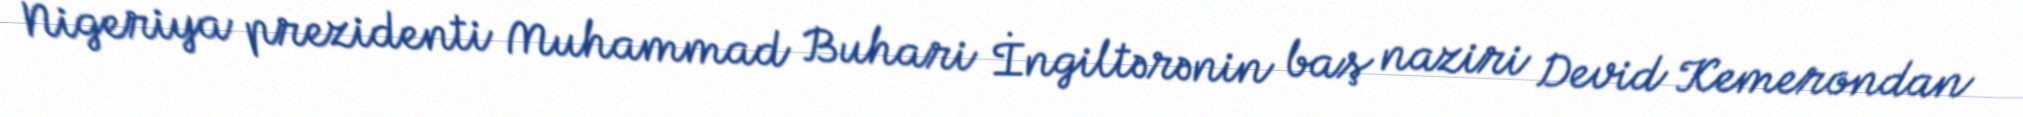
Nigeriya prezidenti Muhammad Buhari İngiltərənin baş naziri Devid Kemerondan